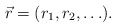
\begin{align*}\vec{r} = (r_1, r_2, \ldots ) . \end{align*}